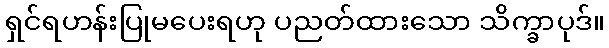
ရှင်ရဟန်းပြုမပေးရဟု ပညတ်ထားသော သိက္ခာပုဒ်။